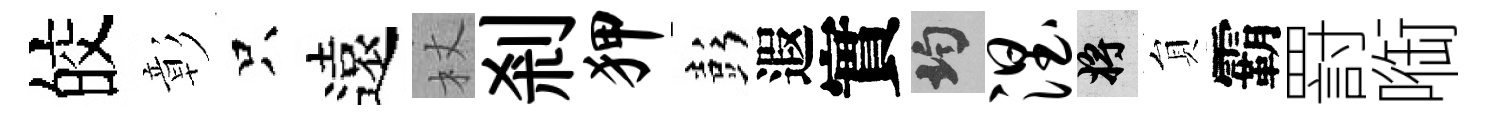
皎彰只遠杖剎狎彭遐實均涅將貟霸罸㗸